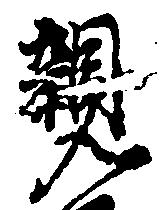
親